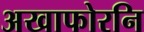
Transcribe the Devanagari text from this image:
अखाफोरनि